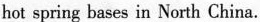
hot spring bases in North China.